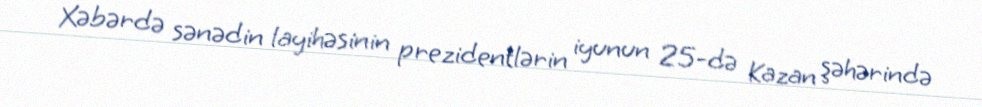
Xəbərdə sənədin layihəsinin prezidentlərin iyunun 25-də Kazan şəhərində